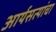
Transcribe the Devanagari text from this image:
आर्यसत्यांचा